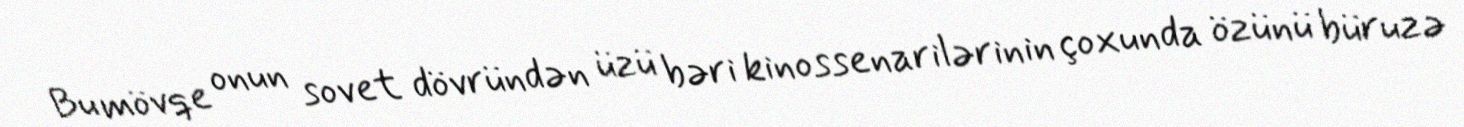
Bu mövqe onun sovet dövründən üzü bəri kinossenarilərinin çoxunda özünü büruzə